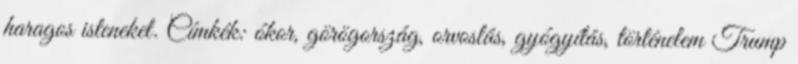
haragos isteneket. Címkék: ókor, görögország, orvoslás, gyógyítás, történelem Trump